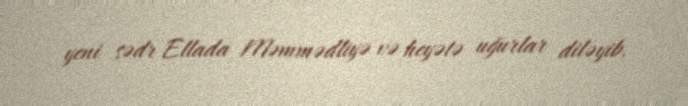
yeni sədr Ellada Məmmədliyə və heyətə uğurlar diləyib.